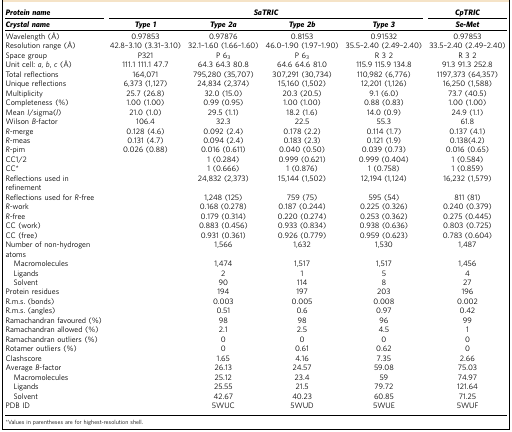
<table><thead><tr><td><b><i>Protein name</i></b></td><td colspan="4"><b><i>SaTRIC</i></b></td><td><b><i>CpTRIC</i></b></td></tr><tr><td><b><i>Crystal name</i></b></td><td><b><i>Type 1</i></b></td><td><b><i>Type 2a</i></b></td><td><b><i>Type 2b</i></b></td><td><b><i>Type 3</i></b></td><td><b><i>Se-Met</i></b></td></tr></thead><tbody><tr><td>Wavelength (Å)</td><td>0.97853</td><td>0.97876</td><td>0.8153</td><td>0.91532</td><td>0.97853</td></tr><tr><td>Resolution range (Å)</td><td>42.8–3.10 (3.31–3.10)</td><td>32.1–1.60 (1.66–1.60)</td><td>46.0–1.90 (1.97–1.90)</td><td>35.5–2.40 (2.49–2.40)</td><td>33.5–2.40 (2.49–2.40)</td></tr><tr><td>Space group</td><td>P321</td><td>P 6<sub>3</sub></td><td>P 6<sub>3</sub></td><td>R 3 2</td><td>R 3 2</td></tr><tr><td>Unit cell: <i>a</i>, <i>b</i>, <i>c</i> (Å)</td><td>111.1 111.1 47.7</td><td>64.3 64.3 80.8</td><td>64.6 64.6 81.0</td><td>115.9 115.9 134.8</td><td>91.3 91.3 252.8</td></tr><tr><td>Total reflections</td><td>164,071</td><td>795,280 (35,707)</td><td>307,291 (30,734)</td><td>110,982 (6,776)</td><td>1197,373 (64,357)</td></tr><tr><td>Unique reflections</td><td>6,373 (1,127)</td><td>24,834 (2,374)</td><td>15,160 (1,502)</td><td>12,201 (1,126)</td><td>16,250 (1,588)</td></tr><tr><td>Multiplicity</td><td>25.7 (26.8)</td><td>32.0 (15.0)</td><td>20.3 (20.5)</td><td>9.1 (6.0)</td><td>73.7 (40.5)</td></tr><tr><td>Completeness (%)</td><td>1.00 (1.00)</td><td>0.99 (0.95)</td><td>1.00 (1.00)</td><td>0.88 (0.83)</td><td>1.00 (1.00)</td></tr><tr><td>Mean <i>I</i>/sigma(<i>I</i>)</td><td>21.0 (1.0)</td><td>29.5 (1.1)</td><td>18.2 (1.6)</td><td>14.0 (0.9)</td><td>24.9 (1.1)</td></tr><tr><td>Wilson <i>B</i>-factor</td><td>106.4</td><td>32.3</td><td>22.5</td><td>55.3</td><td>61.8</td></tr><tr><td><i>R</i>-merge</td><td>0.128 (4.6)</td><td>0.092 (2.4)</td><td>0.178 (2.2)</td><td>0.114 (1.7)</td><td>0.137 (4.1)</td></tr><tr><td><i>R</i>-meas</td><td>0.131 (4.7)</td><td>0.094 (2.4)</td><td>0.183 (2.3)</td><td>0.121 (1.9)</td><td>0.138(4.2)</td></tr><tr><td><i>R</i>-pim</td><td>0.026 (0.88)</td><td>0.016 (0.611)</td><td>0.040 (0.50)</td><td>0.039 (0.73)</td><td>0.016 (0.65)</td></tr><tr><td>CC1/2</td><td> </td><td>1 (0.284)</td><td>0.999 (0.621)</td><td>0.999 (0.404)</td><td>1 (0.584)</td></tr><tr><td>CC*</td><td> </td><td>1 (0.666)</td><td>1 (0.876)</td><td>1 (0.758)</td><td>1 (0.859)</td></tr><tr><td>Reflections used in refinement</td><td> </td><td>24,832 (2,373)</td><td>15,144 (1,502)</td><td>12,194 (1,124)</td><td>16,232 (1,579)</td></tr><tr><td>Reflections used for <i>R</i>-free</td><td> </td><td>1,248 (125)</td><td>759 (75)</td><td>595 (54)</td><td>811 (81)</td></tr><tr><td><i>R</i>-work</td><td> </td><td>0.168 (0.278)</td><td>0.187 (0.244)</td><td>0.225 (0.326)</td><td>0.240 (0.379)</td></tr><tr><td><i>R</i>-free</td><td> </td><td>0.179 (0.314)</td><td>0.220 (0.274)</td><td>0.253 (0.362)</td><td>0.275 (0.445)</td></tr><tr><td>CC (work)</td><td> </td><td>0.883 (0.456)</td><td>0.933 (0.834)</td><td>0.938 (0.636)</td><td>0.803 (0.725)</td></tr><tr><td>CC (free)</td><td> </td><td>0.931 (0.361)</td><td>0.926 (0.779)</td><td>0.959 (0.623)</td><td>0.783 (0.604)</td></tr><tr><td>Number of non-hydrogen atoms</td><td> </td><td>1,566</td><td>1,632</td><td>1,530</td><td>1,487</td></tr><tr><td> Macromolecules</td><td> </td><td>1,474</td><td>1,517</td><td>1,517</td><td>1,456</td></tr><tr><td> Ligands</td><td> </td><td>2</td><td>1</td><td>5</td><td>4</td></tr><tr><td> Solvent</td><td> </td><td>90</td><td>114</td><td>8</td><td>27</td></tr><tr><td>Protein residues</td><td> </td><td>194</td><td>197</td><td>203</td><td>196</td></tr><tr><td>R.m.s. (bonds)</td><td> </td><td>0.003</td><td>0.005</td><td>0.008</td><td>0.002</td></tr><tr><td>R.m.s. (angles)</td><td> </td><td>0.51</td><td>0.6</td><td>0.97</td><td>0.42</td></tr><tr><td>Ramachandran favoured (%)</td><td> </td><td>98</td><td>98</td><td>96</td><td>99</td></tr><tr><td>Ramachandran allowed (%)</td><td> </td><td>2.1</td><td>2.5</td><td>4.5</td><td>1</td></tr><tr><td>Ramachandran outliers (%)</td><td> </td><td>0</td><td>0</td><td>0</td><td>0</td></tr><tr><td>Rotamer outliers (%)</td><td> </td><td>0</td><td>0.61</td><td>0.62</td><td>0</td></tr><tr><td>Clashscore</td><td> </td><td>1.65</td><td>4.16</td><td>7.35</td><td>2.66</td></tr><tr><td>Average <i>B</i>-factor</td><td> </td><td>26.13</td><td>24.57</td><td>59.08</td><td>75.03</td></tr><tr><td> Macromolecules</td><td> </td><td>25.12</td><td>23.4</td><td>59</td><td>74.97</td></tr><tr><td> Ligands</td><td> </td><td>25.55</td><td>21.5</td><td>79.72</td><td>121.64</td></tr><tr><td> Solvent</td><td> </td><td>42.67</td><td>40.23</td><td>60.85</td><td>71.25</td></tr><tr><td>PDB ID</td><td> </td><td>5WUC</td><td>5WUD</td><td>5WUE</td><td>5WUF</td></tr></tbody></table>